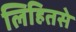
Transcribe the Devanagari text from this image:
लिहितसे